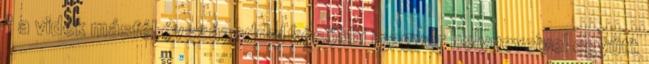
" a vidék másfél évszázaddal későbbi magyar helyneveivel együtt